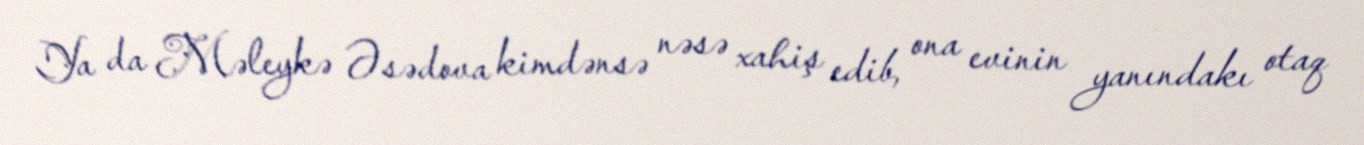
Ya da Məleykə Əsədova kimdənsə nəsə xahiş edib, ona evinin yanındakı otaq